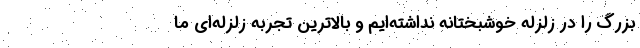
بزرگ را در زلزله خوشبختانه نداشته‌ایم و بالاترین تجربه زلزله‌ای ما